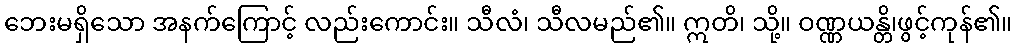
ဘေးမရှိသော အနက်ကြောင့် လည်းကောင်း။ သီလံ၊ သီလမည်၏။ ဣတိ၊ သို့။ ဝဏ္ဏယန္တိ၊ဖွင့်ကုန်၏။